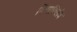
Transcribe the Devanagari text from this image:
विनाविलंब